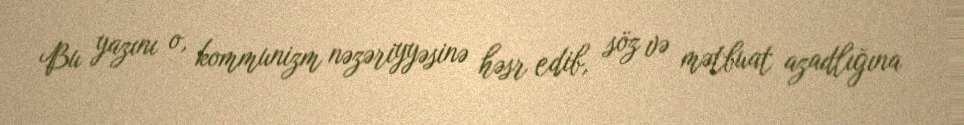
Bu yazını o, kommunizm nəzəriyyəsinə həsr edib, söz və mətbuat azadlığına